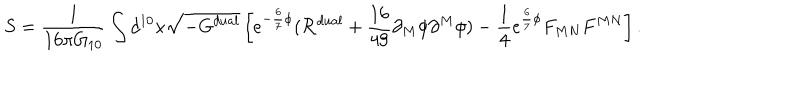
S = { \frac { 1 } { 1 6 \pi G _ { 1 0 } } } \int d ^ { 1 0 } x \sqrt { - G ^ { d u a l } } \left[ e ^ { - { \frac { 6 } { 7 } } \phi } ( { \cal R } ^ { d u a l } + { \frac { 1 6 } { 4 9 } } \partial _ { M } \phi \partial ^ { M } \phi ) - { \frac { 1 } { 4 } } e ^ { { \frac { 6 } { 7 } } \phi } F _ { M N } F ^ { M N } \right] .